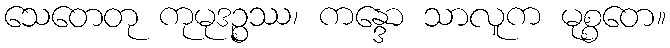
သေတေတု ကုမုဒဉ္စဿ၊ ကန္ဒော သာလူက မုစ္စတေ။